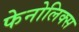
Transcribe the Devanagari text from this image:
फेनोलिक्स